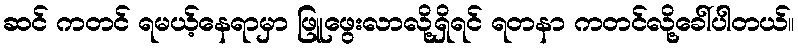
ဆင် ကတင် ရမယ့်နေရာမှာ ဖြူဖွေးလာလို့ရှိရင် ရတနာ ကတင်လို့ခေါ်ပါတယ်။